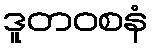
ဒူတဝစနံ